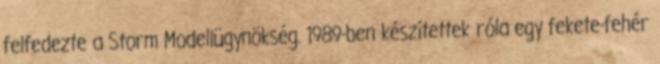
felfedezte a Storm Modellügynökség. 1989-ben készítettek róla egy fekete-fehér